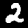
Label: 2